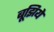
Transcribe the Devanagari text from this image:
बूझिये